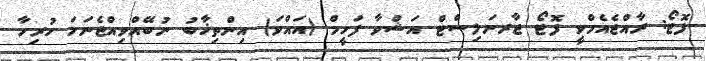
ފޮޓޯ: ރާއްޖެއެމްވީ ފޮޓޯ ޖާރނަލިސްޓް އަޝްވާ ފަހީމް (އައްވަ) އިންތިޚާބު ނުބޭއްވިއްޖެނަމަ ހުރިހާ